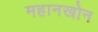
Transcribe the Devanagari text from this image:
महानखोन